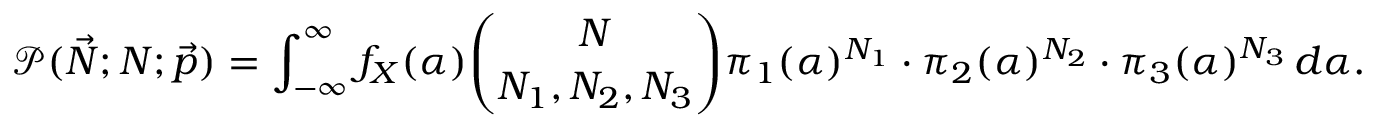
\mathcal { P } ( \vec { N } ; N ; \vec { p } ) = \int _ { - \infty } ^ { \infty } f _ { X } ( \alpha ) \binom { N } { N _ { 1 } , N _ { 2 } , N _ { 3 } } { \pi } _ { 1 } ( \alpha ) ^ { N _ { 1 } } \cdot { \pi } _ { 2 } ( \alpha ) ^ { N _ { 2 } } \cdot { \pi } _ { 3 } ( \alpha ) ^ { N _ { 3 } } \, d \alpha .